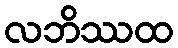
လဘိဿထ